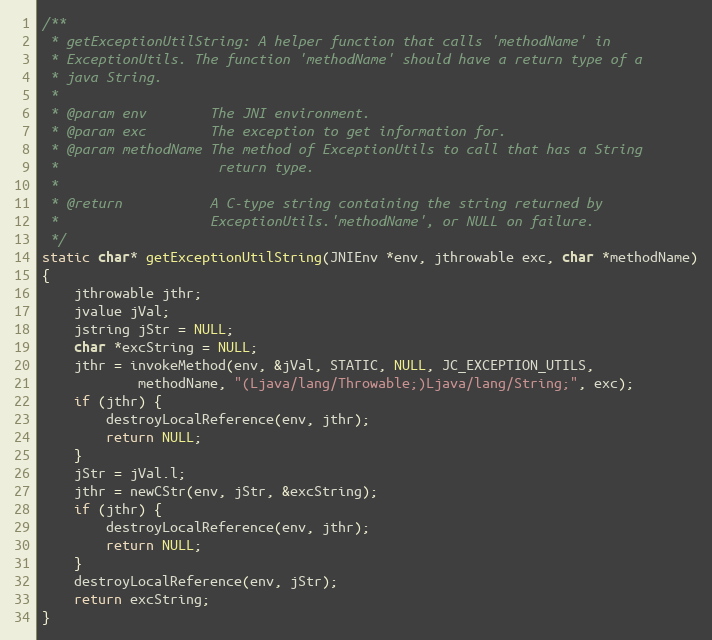
Language: C
/**
 * getExceptionUtilString: A helper function that calls 'methodName' in
 * ExceptionUtils. The function 'methodName' should have a return type of a
 * java String.
 *
 * @param env        The JNI environment.
 * @param exc        The exception to get information for.
 * @param methodName The method of ExceptionUtils to call that has a String
 *                    return type.
 *
 * @return           A C-type string containing the string returned by
 *                   ExceptionUtils.'methodName', or NULL on failure.
 */
static char* getExceptionUtilString(JNIEnv *env, jthrowable exc, char *methodName)
{
    jthrowable jthr;
    jvalue jVal;
    jstring jStr = NULL;
    char *excString = NULL;
    jthr = invokeMethod(env, &jVal, STATIC, NULL, JC_EXCEPTION_UTILS,
            methodName, "(Ljava/lang/Throwable;)Ljava/lang/String;", exc);
    if (jthr) {
        destroyLocalReference(env, jthr);
        return NULL;
    }
    jStr = jVal.l;
    jthr = newCStr(env, jStr, &excString);
    if (jthr) {
        destroyLocalReference(env, jthr);
        return NULL;
    }
    destroyLocalReference(env, jStr);
    return excString;
}